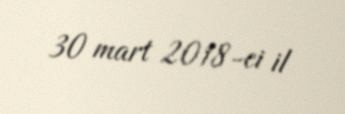
30 mart 2018-ci il